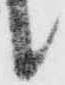
候